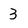
Character: 3